Civil Veterinary Department Bengal reports 1923-33 - 1923-1933
Year: 1923
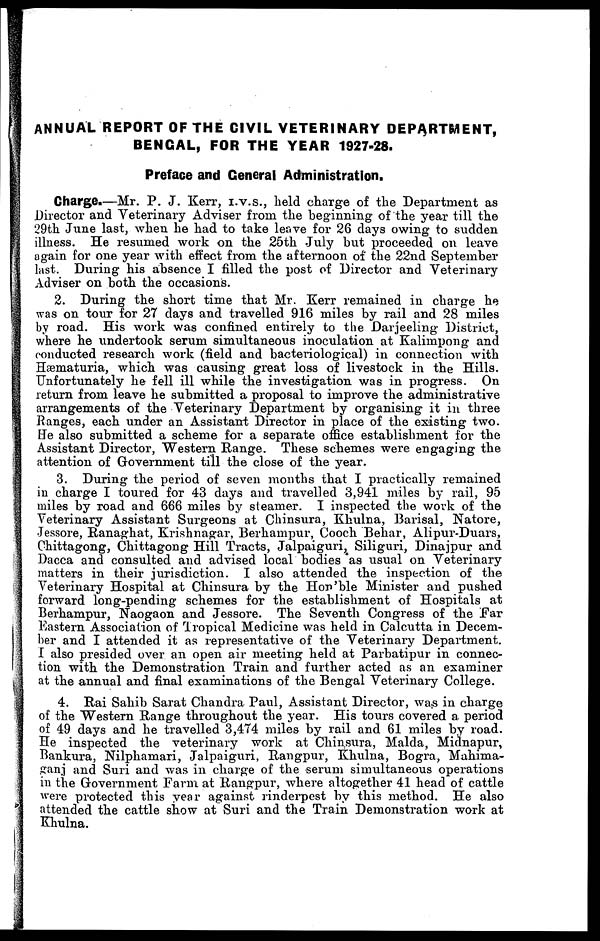
ANNUAL REPORT OF THE CIVIL VETERINARY DEPARTMENT,
BENGAL, FOR THE YEAR 1927-28.
Preface and General Administration.
Charge.—Mr. P. J. Kerr, I.V.S., held charge of the Department as
Director and Veterinary Adviser from the beginning of the year till the
29th June last, when he had to take leave for 26 days owing to sudden
illness. He resumed work on the 25th July but proceeded on leave
again for one year with effect from the afternoon of the 22nd September
last. During his absence I filled the post of Director and Veterinary
Adviser on both the occasions.
2. During the short time that Mr. Kerr remained in charge he
was on tour for 27 clays and travelled 916 miles by rail and 28 miles
by road. His work was confined entirely to the Darjeeling District,
where he undertook serum simultaneous inoculation at Kalimpong and
conducted research work (field and bacteriological) in connection with
Hæmaturia, which was causing great loss of livestock in the Hills.
Unfortunately he fell ill while the investigation was in progress. On
return from leave he submitted a proposal to improve the administrative
arrangements of the Veterinary Department by organising it in three
Ranges, each under an Assistant Director in place of the existing two.
He also submitted a scheme for a separate office establishment for the
Assistant Director, Western Range. These schemes were engaging the
attention of Government till the close of the year.
3. During the period of seven months that I practically remained
in charge I toured for 43 days and travelled 3,941 miles by rail, 95
miles by road and 666 miles by steamer. I inspected the work of the
Veterinary Assistant Surgeons at Chinsura, Khulna, Barisal, Natore,
Jessore, Ranaghat, Krishnagar, Berhampur, Cooch Behar, Alipur-Duars,
Chittagong, Chittagong Hill Tracts, Jalpaiguri, Siliguri, Dinajpur and
Dacca and consulted and advised local bodies as usual on Veterinary
matters in their jurisdiction. I also attended the inspection of the
Veterinary Hospital at Chinsura by the Hon'ble Minister and pushed
forward long-pending schemes for the establishment of Hospitals at
Berhampur, Naogaon and Jessore. The Seventh Congress of the Far
Eastern Association of Tropical Medicine was held in Calcutta in Decem-
ber and I attended it as representative of the Veterinary Department.
I also presided over an open air meeting held at Parbatipur in connec-
tion with the Demonstration Train and further acted as an examiner
at the annual and final examinations of the Bengal Veterinary College.
4. Rai Sahib Sarat Chandra Paul, Assistant Director, was in charge
of the Western Range throughout the year. His tours covered a period
of 49 days and he travelled 3,474 miles by rail and 61 miles by road.
He inspected the veterinary work at Chinsura, Malda, Midnapur,
Bankura, Nilphamari, Jalpaiguri, Rangpur, Khulna, Bogra, Mahima-
?anj and Suri and was in charge of the serum simultaneous operations
in the Government Farm at Rangpur, where altogether 41 head of cattle
were protected this year against rinderpest by this method. He also
attended the cattle show at Suri and the Train Demonstration work at
Khulna.